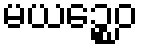
မယဉ္စေဝ